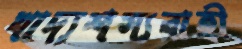
খাদ্যশস্যবাহী